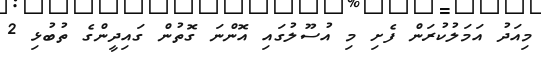
މިއަދު އަމަލުކުރަން ފެށި މި އުސޫލުގައި އޮންނަ ގޮތުން ގައިދީންގެ ތުބުޅި 2